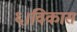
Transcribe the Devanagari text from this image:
६।विकास